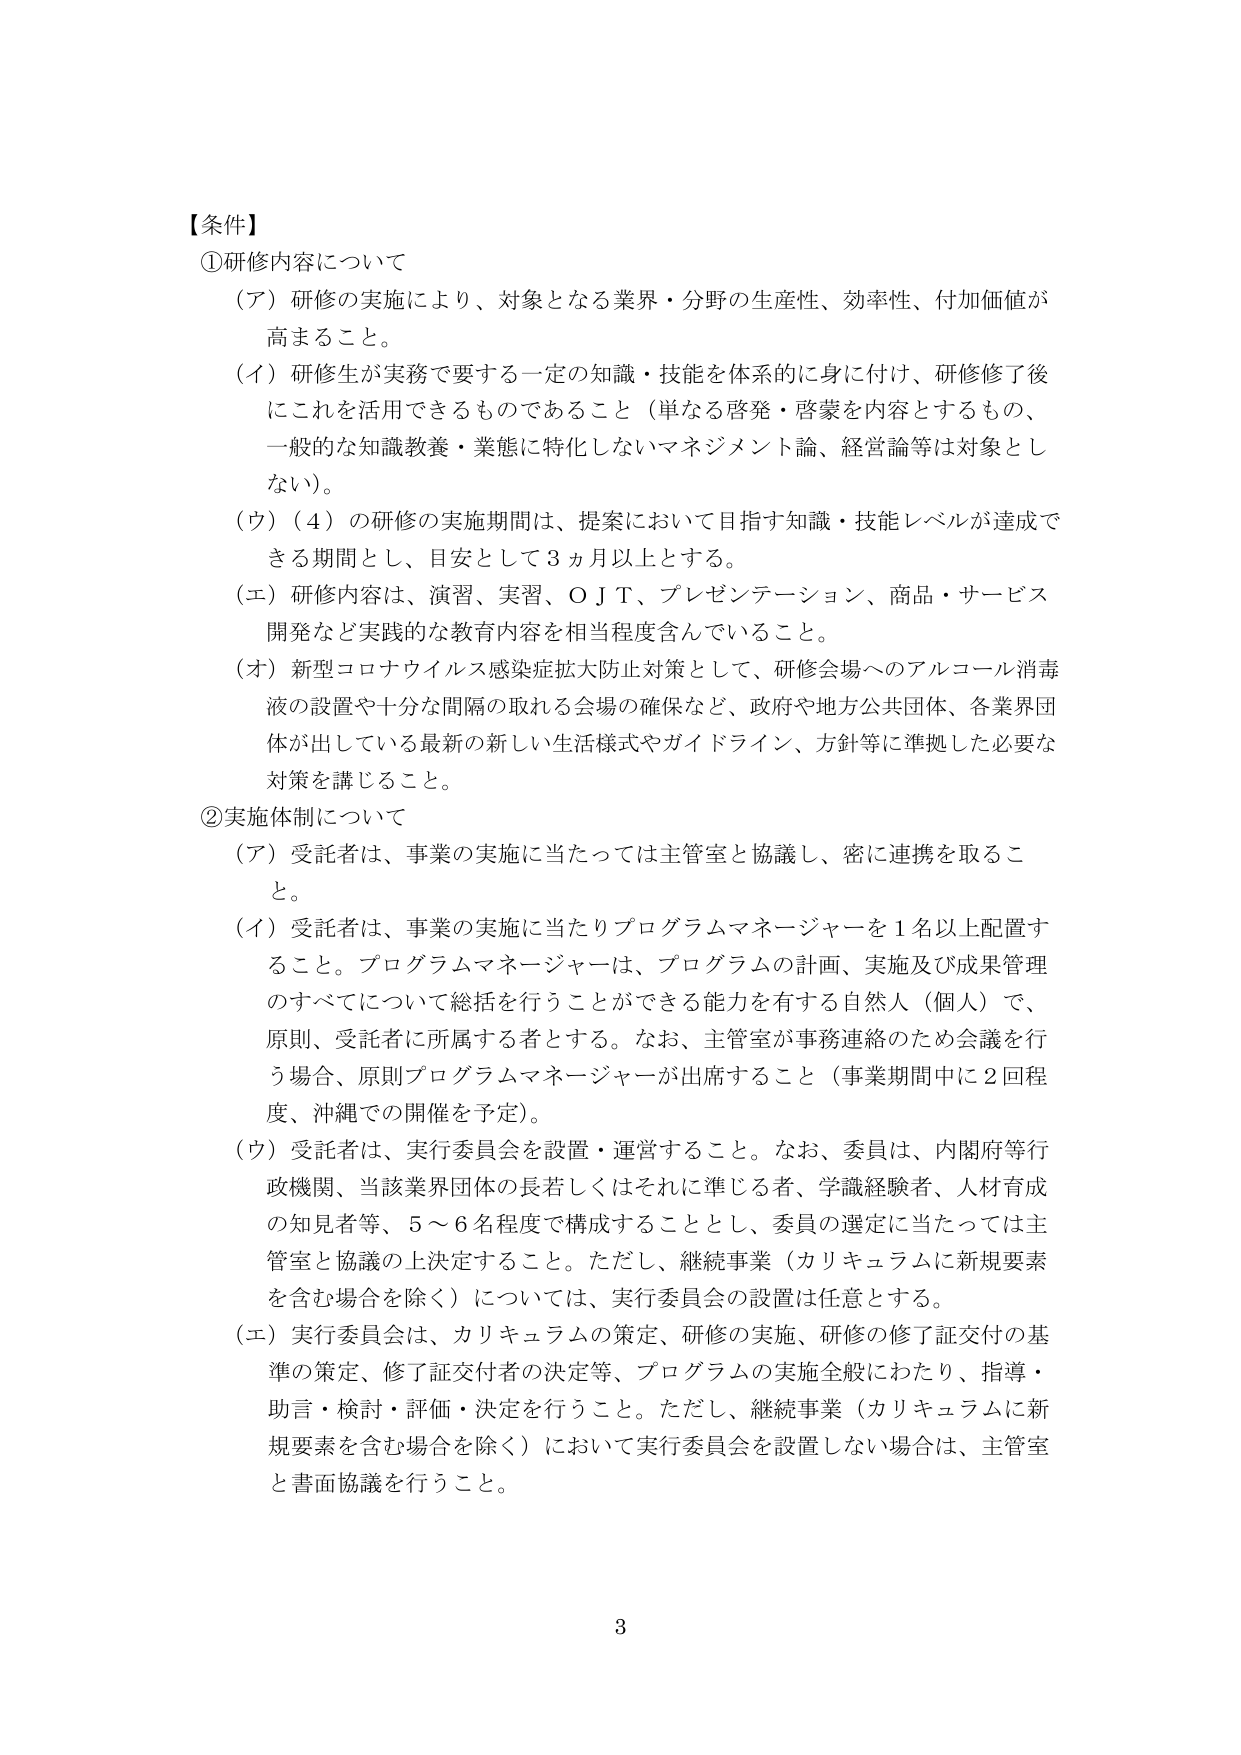
【条件】
①研修内容について
（ア）研修の実施により、対象となる業界・分野の生産性、効率性、付加価値が高まること。
（イ）研修生が実務で要する一定の知識・技能を体系的に身に付け、研修修了後にこれを活用できるものであること（単なる啓発・啓蒙を内容とするもの、一般的な知識教養・業態に特化しないマネジメント論、経営論等は対象としない）。
（ウ）（４）の研修の実施期間は、提案において目指す知識・技能レベルが達成できる期間とし、目安として３ヵ月以上とする。
（エ）研修内容は、演習、実習、ＯＪＴ、プレゼンテーション、商品・サービス開発など実践的な教育内容を相当程度含んでいること。
（オ）新型コロナウイルス感染症拡大防止対策として、研修会場へのアルコール消毒液の設置や十分な間隔の取れる会場の確保など、政府や地方公共団体、各業界団体が出している最新の新しい生活様式やガイドライン、方針等に準拠した必要な対策を講じること。
②実施体制について
（ア）受託者は、事業の実施に当たっては主管室と協議し、密に連携を取ること。
（イ）受託者は、事業の実施に当たりプログラムマネージャーを１名以上配置すること。プログラムマネージャーは、プログラムの計画、実施及び成果管理のすべてについて総括を行うことができる能力を有する自然人（個人）で、原則、受託者に所属する者とする。なお、主管室が事務連絡のため会議を行う場合、原則プログラムマネージャーが出席すること（事業期間中に２回程度、沖縄での開催を予定）。
（ウ）受託者は、実行委員会を設置・運営すること。なお、委員は、内閣府等行政機関、当該業界団体の長若しくはそれに準じる者、学識経験者、人材育成の知見者等、５～６名程度で構成することとし、委員の選定に当たっては主管室と協議の上決定すること。ただし、継続事業（カリキュラムに新規要素を含む場合を除く）については、実行委員会の設置は任意とする。
（エ）実行委員会は、カリキュラムの策定、研修の実施、研修の修了証交付の基準の策定、修了証交付者の決定等、プログラムの実施全般にわたり、指導・助言・検討・評価・決定を行うこと。ただし、継続事業（カリキュラムに新規要素を含む場合を除く）において実行委員会を設置しない場合は、主管室と書面協議を行うこと。
3